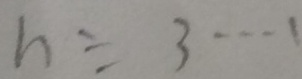
n \div 3 \cdots 1